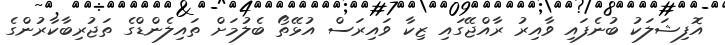
އޮފިޝަލަކު ބުނެފައި ވާއިރު ރާއްޖޭގައި ޒިކާ ވައިރަސް އުޅޭތޯ ބެލުމަށް ތައިލެންޑްގެ ތަޖުރިބާކާރުންގެ